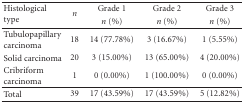
<table><thead><tr><td rowspan="2"><b>Histological type</b></td><td rowspan="2"><b><i>n</i></b></td><td><b>Grade 1</b></td><td><b>Grade 2</b></td><td><b>Grade 3</b></td></tr><tr><td><b><i>n</i> (%)</b></td><td><b><i>n</i> (%)</b></td><td><b><i>n</i> (%)</b></td></tr></thead><tbody><tr><td>Tubulopapillary carcinoma</td><td>18</td><td>14 (77.78%)</td><td>3 (16.67%)</td><td>1 (5.55%)</td></tr><tr><td>Solid carcinoma</td><td>20</td><td>3 (15.00%)</td><td>13 (65.00%)</td><td>4 (20.00%)</td></tr><tr><td>Cribriform carcinoma</td><td>1</td><td>0 (0.00%)</td><td>1 (100.00%)</td><td>0 (0.00%)</td></tr><tr><td>Total</td><td>39</td><td>17 (43.59%)</td><td>17 (43.59%)</td><td>5 (12.82%)</td></tr></tbody></table>